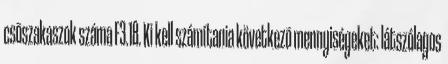
csõszakaszok száma F3.18. Ki kell számítania következõ mennyiségeket: látszólagos